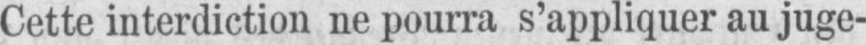
Cette interdiction ne pourra s’appliquer au juge-